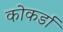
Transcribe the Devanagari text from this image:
कोकर्डा